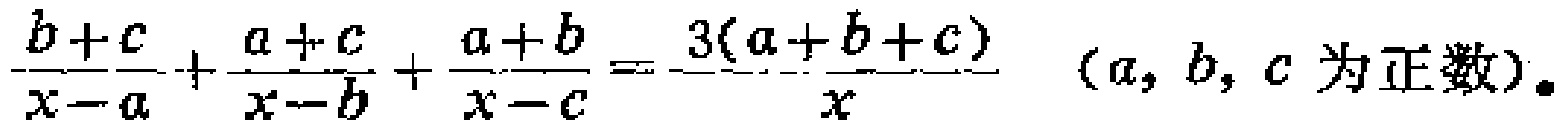
\(\frac{b + c}{x - a}+\frac{a + c}{x - b}+\frac{a + b}{x - c}=\frac{3(a + b + c)}{x}\ (a,b,c\text{ 为正数})\)